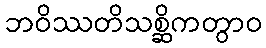
ဘဝိဿတိသစ္ဆိကတွာဝ